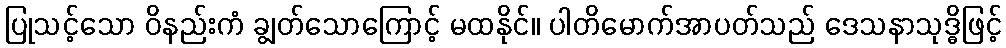
ပြုသင့်သော ဝိနည်းကံ ချွတ်သောကြောင့် မထနိုင်။ ပါတိမောက်အာပတ်သည် ဒေသနာသုဒ္ဓိဖြင့်